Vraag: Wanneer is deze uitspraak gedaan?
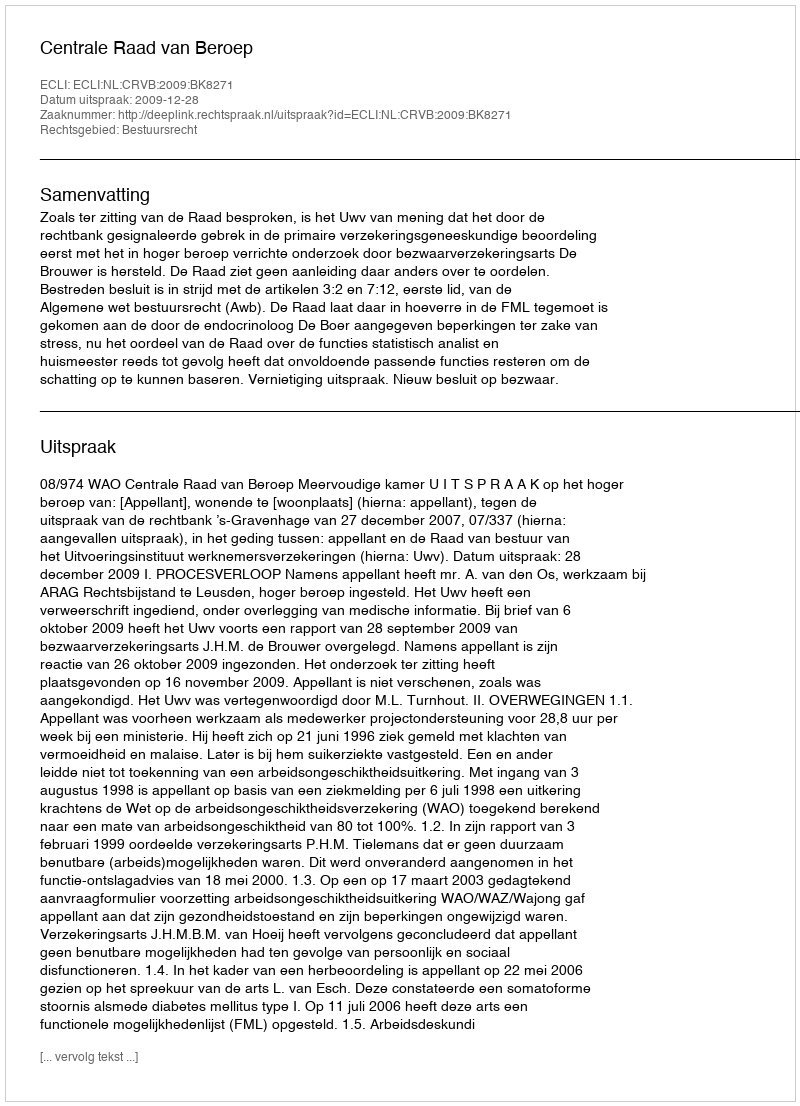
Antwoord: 2009-12-28